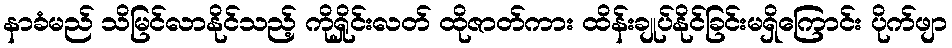
နာခံမည် သိမြင်လာနိုင်သည့် ကိုရှိုင်းလတ် ထိုဇာတ်ကား ထိန်းချုပ်နိုင်ခြင်းမရှိကြောင်း ပိုက်ဖျာ